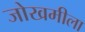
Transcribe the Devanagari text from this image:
जोखमीला